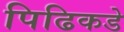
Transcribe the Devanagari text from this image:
पिढिकडे